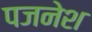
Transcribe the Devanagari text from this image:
पजनेश